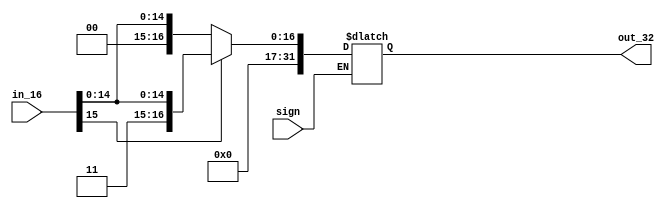
module bitextend(
	sign	, 
	in_16	, 
	out_32
);

	input sign;
	input [15:0] in_16;
	
	output reg [31:0] out_32;
	
	always@(*) begin
		if(sign) begin
			if(in_16[15] == 1) //nro negativo
				out_32 = { 16'd1, in_16 };	
			else begin
				out_32 = { 16'd0, in_16 };
			end
		end
		
	end

endmodule